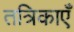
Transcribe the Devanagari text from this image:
तत्रिकाएँ